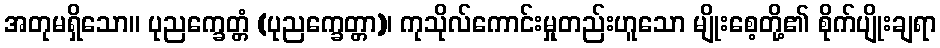
အတုမရှိသော။ ပုညက္ခေတ္တံ (ပုညက္ခေတ္တာ)၊ ကုသိုလ်ကောင်းမှုတည်းဟူသော မျိုးစေ့တို့၏ စိုက်ပျိုးချရာ